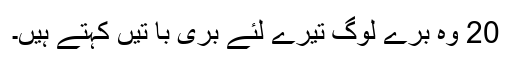
20 وہ بُرے لوگ تیرے لئے بُری با تیں کہتے ہیں۔